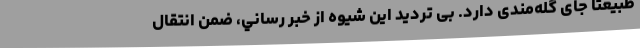
طبيعتا جای گله‌مندی دارد. بی ترديد اين شيوه از خبر رساني، ضمن انتقال